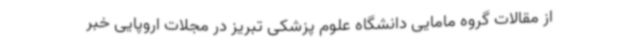
از مقالات گروه مامایی دانشگاه علوم پزشکی تبریز در مجلات اروپایی خبر